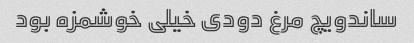
ساندویچ مرغ دودی خیلی خوشمزه بود